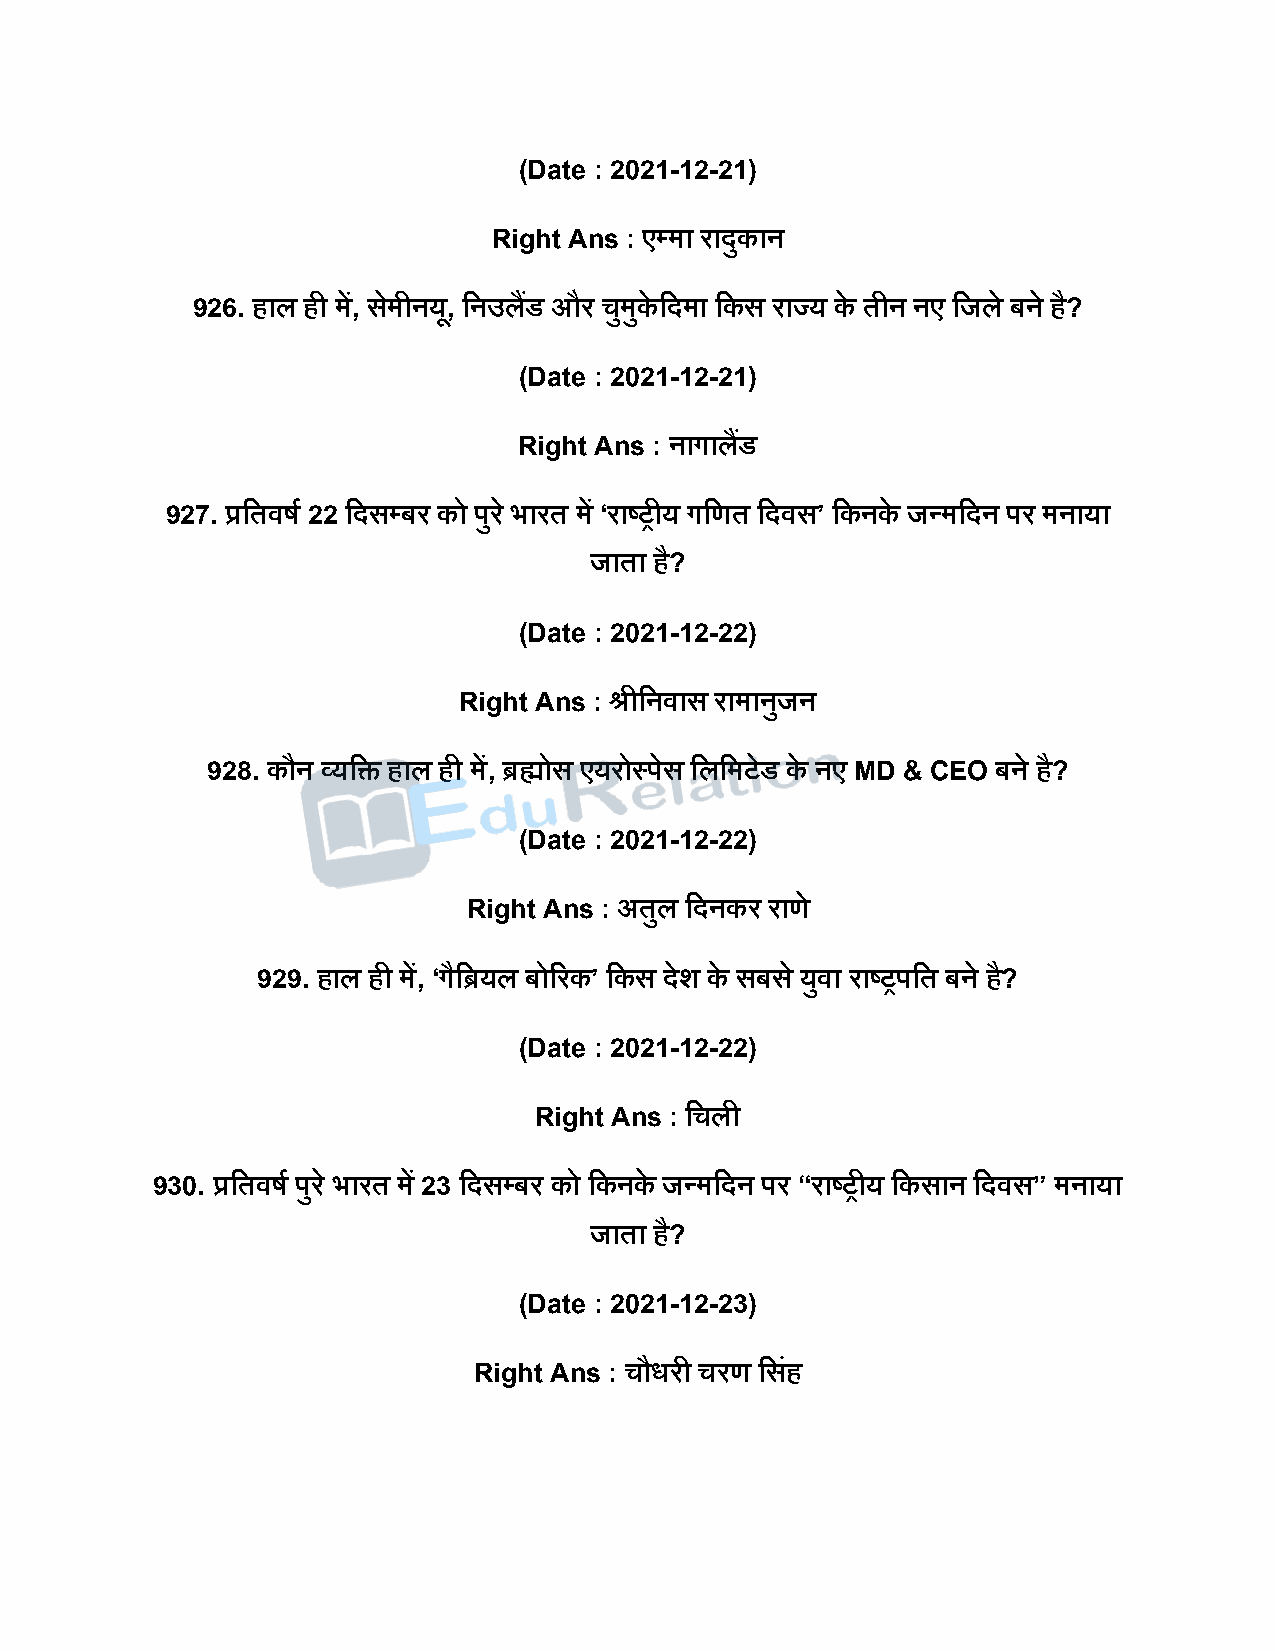
(Date : 2021-12-21)
 Right Ans : एपमा रािुकान
 926. हाल ही में, समे ीनयू, दनउलडैं और चुमुके दिमा दकस राज्य के तीन नए दजले बने है?
 (Date : 2021-12-21)
 Right Ans : नागालडैं
 927. प्रदतवर्ष 22 दिसपबर को िुर े भारत में ‘राष्ट्रीय गदणत दिवस’ दकनके जन्मदिन िर मनाया
 जाता है?
 (Date : 2021-12-22)
 Right Ans : श्रीदनवास रामानुजन
 928. कौन व्यदि हाल ही में, िह्मोस एयरोस्िेस दलदमटेड के नए MD & CEO बने है?
 (Date : 2021-12-22)
 Right Ans : अतुल दिनकर राण े
 929. हाल ही में, ‘गैदियल बोररक’ दकस िेश के सबस े युवा राष्ट्रिदत बने है?
 (Date : 2021-12-22)
 Right Ans : दचली
 930. प्रदतवर्ष िुर े भारत में 23 दिसपबर को दकनके जन्मदिन िर “राष्ट्रीय दकसान दिवस” मनाया
 जाता है?
 (Date : 2021-12-23)
 Right Ans : चौधरी चरण दसहं